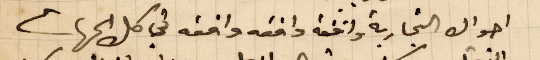
أحواله التجارية واقفة واقفة واقفة في كل الجهات